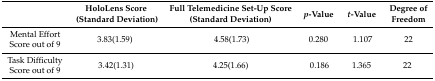
<table><thead><tr><td></td><td><b>HoloLens Score (Standard Deviation)</b></td><td><b>Full Telemedicine Set-Up Score (Standard Deviation)</b></td><td><b><i>p</i>-Value</b></td><td><b><i>t</i>-Value</b></td><td><b>Degree of Freedom</b></td></tr></thead><tbody><tr><td>Mental Effort Score out of 9</td><td>3.83(1.59)</td><td>4.58(1.73)</td><td>0.280</td><td>1.107</td><td>22</td></tr><tr><td>Task Difficulty Score out of 9</td><td>3.42(1.31)</td><td>4.25(1.66)</td><td>0.186</td><td>1.365</td><td>22</td></tr></tbody></table>